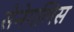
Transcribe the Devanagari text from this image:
सेनेगलिस